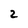
Character: 2